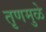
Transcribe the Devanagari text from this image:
तृणमुळे